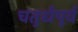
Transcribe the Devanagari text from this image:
चतुर्धपूर्व